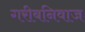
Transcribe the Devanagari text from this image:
गरीबनिवाज